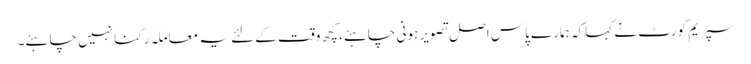
سپریم کورٹ نے کہا کہ ہمارے پاس اصل تصویر ہونی چاہئے، کچھ وقت کے لئے یہ معاملہ رکنا نہیں چاہئے۔